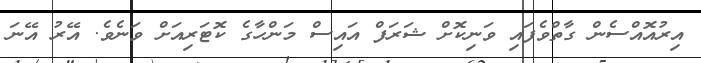
އިރުއޮއްސެން ގާތްވެފައި ވަނިކޮށް ޝަރަފް އައިސް މަންހާގެ ކޮޓަރިއަށް ވަނެވެ. އޭރު އޭނަ